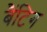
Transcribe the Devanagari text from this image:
बैंटिग